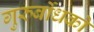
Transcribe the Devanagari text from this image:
गुरुर्बोधको